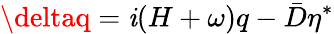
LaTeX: \deltaq=\mathit{i}(H+\omega)q-\bar{{D}}\eta^{*}